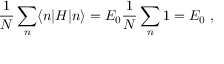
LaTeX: { \frac { 1 } { N } } \sum _ { n } \langle n | H | n \rangle = E _ { 0 } { \frac { 1 } { N } } \sum _ { n } 1 = E _ { 0 } \ ,